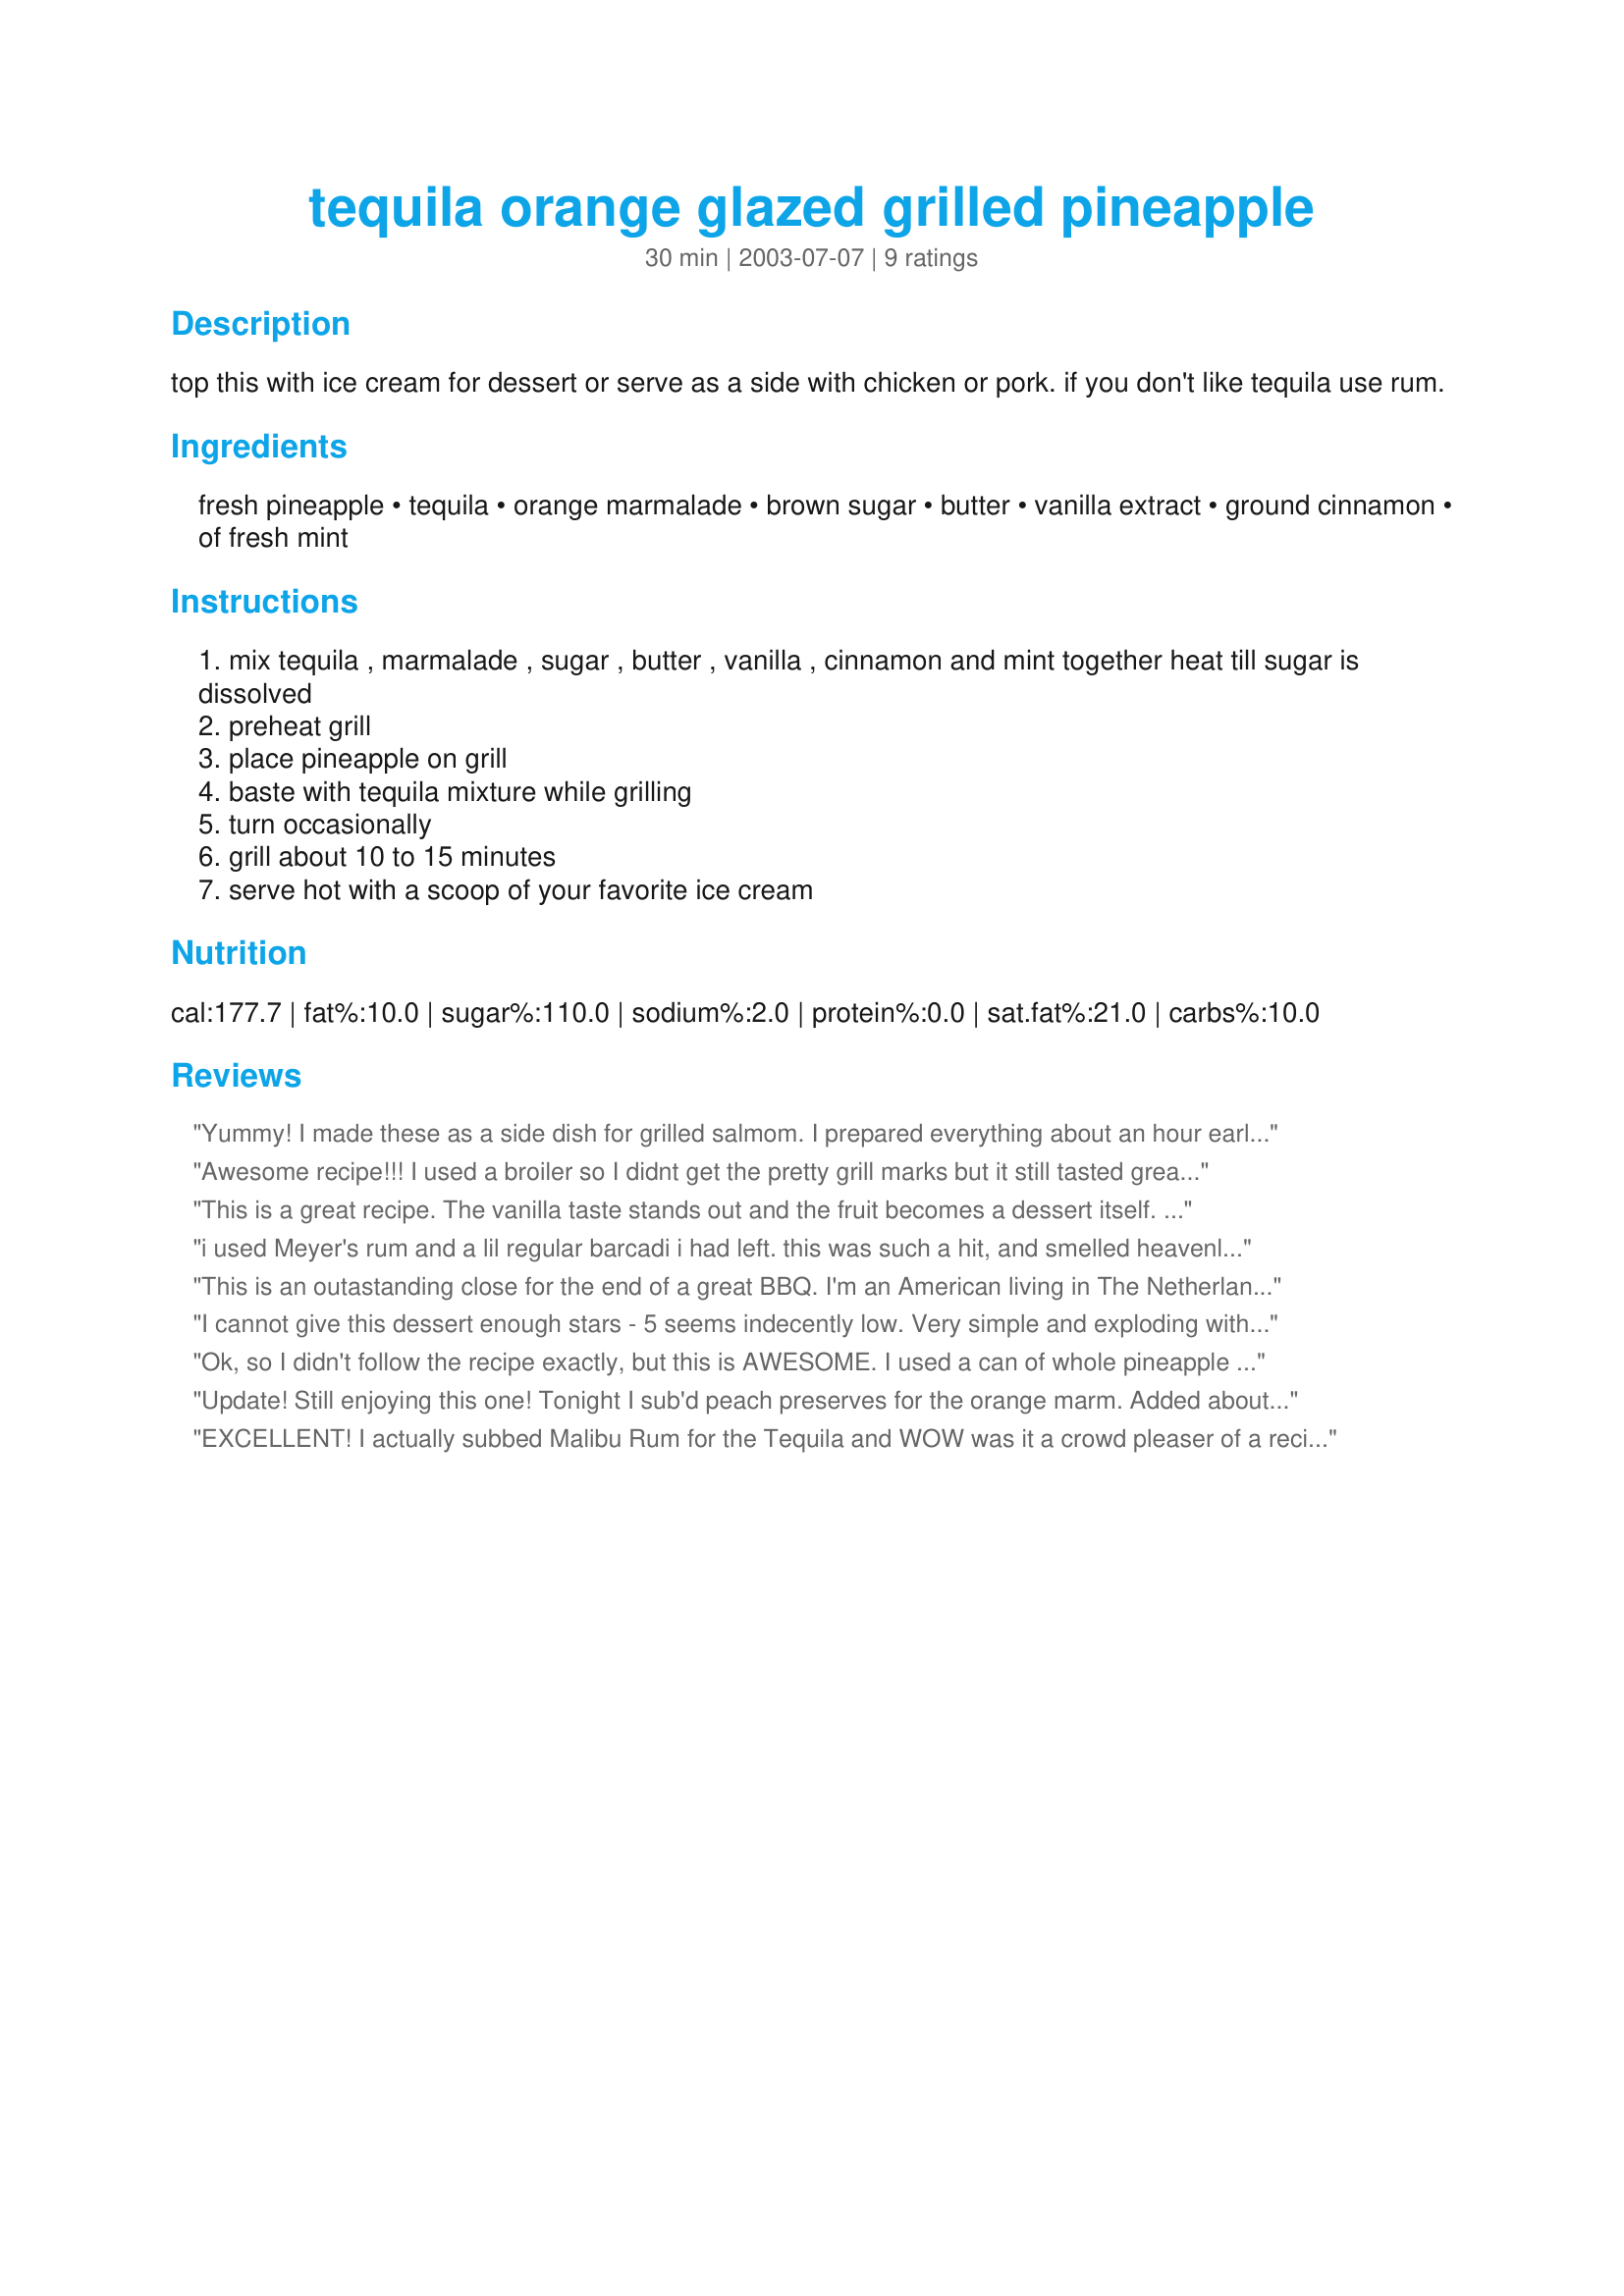
tequila orange glazed grilled pineapple
Preparation time: 30 minutes

top this with ice cream for dessert or serve as a side with chicken or pork. if you don't like tequila use rum.

Ingredients:
fresh pineapple, tequila, orange marmalade, brown sugar, butter, vanilla extract, ground cinnamon, of fresh mint

Steps:
mix tequila , marmalade , sugar , butter , vanilla , cinnamon and mint together heat till sugar is dissolved
preheat grill
place pineapple on grill
baste with tequila mixture while grilling
turn occasionally
grill about 10 to 15 minutes
serve hot with a scoop of your favorite ice cream

Reviews:
Yummy! I made these as a side dish for grilled salmom. I prepared everything about an hour early, and let the pineapple slices sit in the marinade until grilling time. Next time I'll serve them as a dessert with vanilla ice cream and a little extra marinade poured on top. Thanks!
Awesome recipe!!! I used a broiler so I didnt get the pretty grill marks but it still tasted great. I LOVE the glaze, just perfect! Made for ZWT 3!
This is a great recipe. The vanilla taste stands out and the 
fruit becomes a dessert itself. However, my family and I ate it as a side dish to BBQ chicken. I plan to make it again as a dessert.

i used Meyer's rum and a lil regular barcadi i had left. this was such a hit, and smelled heavenly. It worked well with a scoop of french vanilla ice cream. i dunked some bananas in it and grilled those too. I'm emailing it to all my guests, I would of never thought of this myself, i won't even take credit. :)
This is an outastanding close for the end of a great BBQ. I'm an American living in The Netherlands and found this recipe for my Western BBQ's. I used this on bananas on the grill will pineapples. Nice combo!!
I cannot give this dessert enough stars - 5 seems indecently low. Very simple and exploding with flavour. I didn't serve it with ice cream but with our thick, greek yoghurt and it was heaven! Thank you Rita!
Ok, so I didn't follow the recipe exactly, but this is AWESOME. I used a can of whole pineapple slices instead of a fresh pineapple. And, I used about 1/2 cup of the pineapple juice from the can instead of the tequila. Otherwise, I followed the rest of the recipe. I just divided the sauce between to small oval bakers and baked the pineapple slices and sauce in the oven at 350 during the last 15 minutes of baking my ham. YUM, YUM. I can't wait to try this with the tequila over ice cream. Thanks for a great recipe. Oh, btw, DH says our kitchen now smells like a Williams Sonoma store. Thanks again.
Update! Still enjoying this one! Tonight I sub'd peach preserves for the orange marm. Added about a half teaspoon fresh lime too! Absolutely amazing Rita! So simple but so yummy! I did not have any marmalade so I used a fresh orange zest and fruit- just seeded it and used the whole thing. This was still sweet enough. Used fresh pineapple and fresh mint! I will be making this again and again!
EXCELLENT! I actually subbed Malibu Rum for the Tequila and WOW was it a crowd pleaser of a recipe. I dipped the pineapple rings into the marinade prior to placing them on the grill and that's all it took to infuse the wonderful yumminess into the fruit. I also put a little of it atop some chicken breasts that had a teriyake marinade and those seemed to go over well too! Next time I will cut the recipe in half, cause I had a lot leftover. Thanks for a keeper of a recipe! Made for Veggie Swap July 2010.
